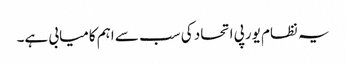
یہ نظام یورپی اتحاد کی سب سے اہم کامیابی ہے۔